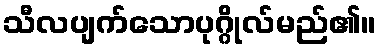
သီလပျက်သောပုဂ္ဂိုလ်မည်၏။